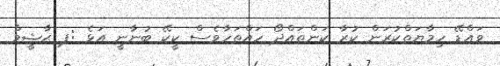
ވައްޑޭ ހިމާޔަތްކުރަން ކުރާ ކަންތައްދޯ ހައްތަހާވެސް ކީކޭ ބުނާނީ އަޅެ :ޕ ޙާޝީމް